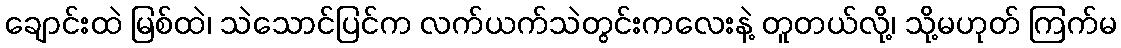
ချောင်းထဲ မြစ်ထဲ၊ သဲသောင်ပြင်က လက်ယက်သဲတွင်းကလေးနဲ့ တူတယ်လို့၊ သို့မဟုတ် ကြက်မ